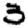
Digit: 3